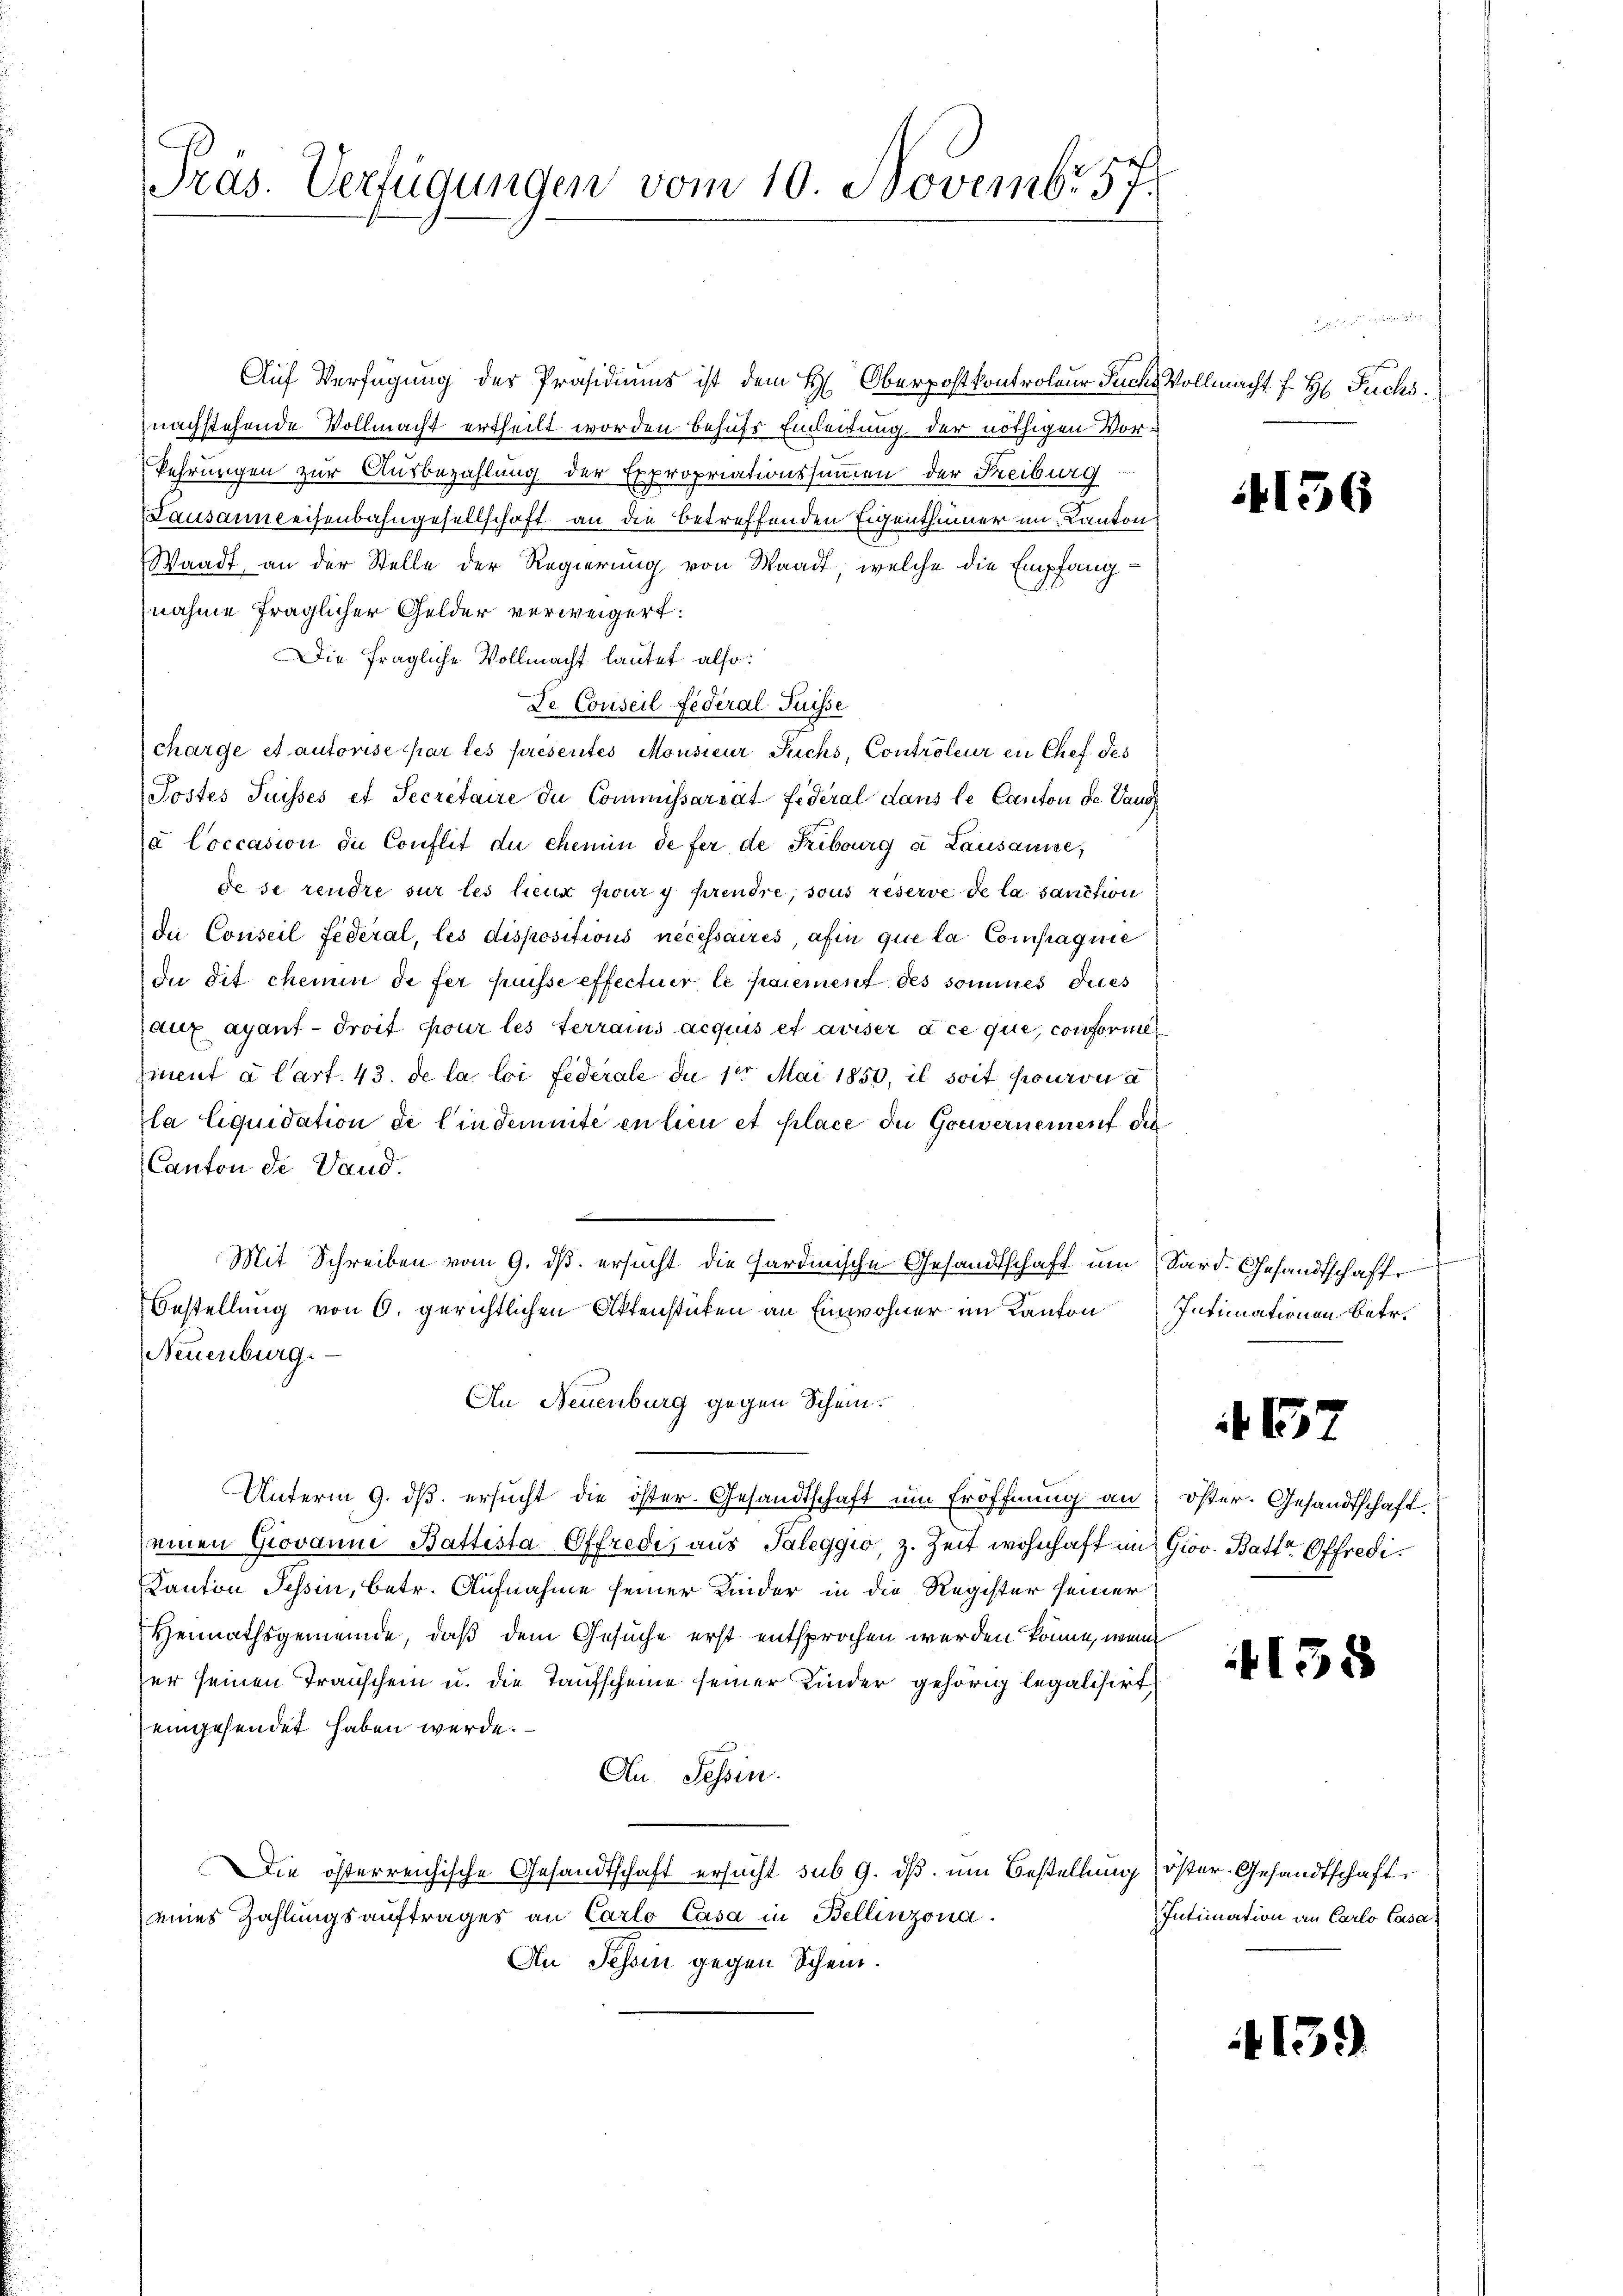
Tras. Verfügungen vom 10. Novembr. 57.

Auf Verfügung des Präsidiums ist dem H. Oberpostkontroleur Fuchs Vollmacht f. H. Puchs.
nachstehende Vollmacht ertheilt worden behufs Einleitung der nöthigen Vorkehrungen zur Ausbezahlung der Expropriationssummen der Freiburg
Lausannleisenbahngesellschaft an die betreffenden Eigenthümer im Kanton
Waadt, an der Stelle der Regierung von Waadt, welche die Empfangnahme fraglicher Gelder verweigert:
Die fragliche Vollmacht lautet also:
De Conseil fédéral Puisse
charge et autorise par les présentes Monsieur Fuchs, Controleur in Chef des
Postes Suisses et Secretaire die Commissariat fidéral Lans le Canton de Vaud
u Coccasion die Conflit du chemin de fer de Fribourg a Lausanne,
de se rendre sur les lieux pour y prendre, sous réserve de la sanction
du Conseil fédéral, les dispositions nécessaires, afin que la Compagnie
Du dit chemin de fer puisse effectuer le paiement des sommes dies
raux ayant-droit pour les terrains acquis et aviser dice que, conforme
iment u. Cart. 43. de la loi fédérale du 18 Mai 1850, il soit pourvu à
la liquidation de lindemnité en lieu et place die Gouvernement die
Canton de Land.
Mit Schreiben vom 9. ds. ersucht die Hardinische Gesandtschaft um Sard. Gesandtschafte
Bestellung von 6. gerichtlichen Aktenstücken an Einwohner im Kanton Intimationen betr.
Neuenburg.
An Neuenburg gegen Schein.
Unterm 9. dβ ersucht die öster. Gesandtschaft um Eröffnung an öster. Gesandtschaft
einen Giovanne Battesta Offredi, aus Taleggio, z. Zeit wohnhaft im Grov. Batte Effredi¬
Kanton Tessin, betr. Aufnahme seiner Kinder in die Register seiner
Hennathsgemeinde, daß dem Gesuche erst entsprochen werden könne, wenn
ser seinen Transchein u. die Taufscheine seiner Kinder gehörig legalisirt
eingesendet haben werde.
An Tessin.
Die österreichische Gesandtschaft ersucht sub 9. dβ. um Bestellung öster-Gesandtschaft
eines Zahlungsauftrages an Carlo Casa in Bellinzona.
An Schon gegen Schein.

Degen in der den

156

4157

158

Intimation an Carlo Casa

415.